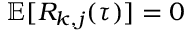
\mathbb { E } [ R _ { k , j } ( \tau ) ] = 0